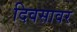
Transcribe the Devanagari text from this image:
दिवसावर